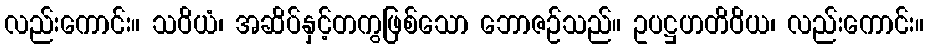
လည်းကောင်း။ သဝိယံ၊ အဆိပ်နှင့်တကွဖြစ်သော ဘောဇဉ်သည်။ ဥပဋ္ဌဟတိဝိယ၊ လည်းကောင်း။